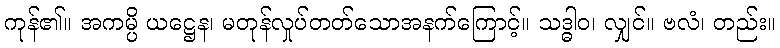
ကုန်၏။ အကမ္ပိ ယဋ္ဌေန၊ မတုန်လှုပ်တတ်သောအနက်ကြောင့်။ သဒ္ဓါဝ၊ လျှင်။ ဗလံ၊ တည်း။